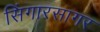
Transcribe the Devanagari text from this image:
सिंगारसागर